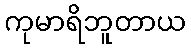
ကုမာရိဘူတာယ